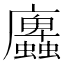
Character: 蠯